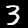
Label: 3